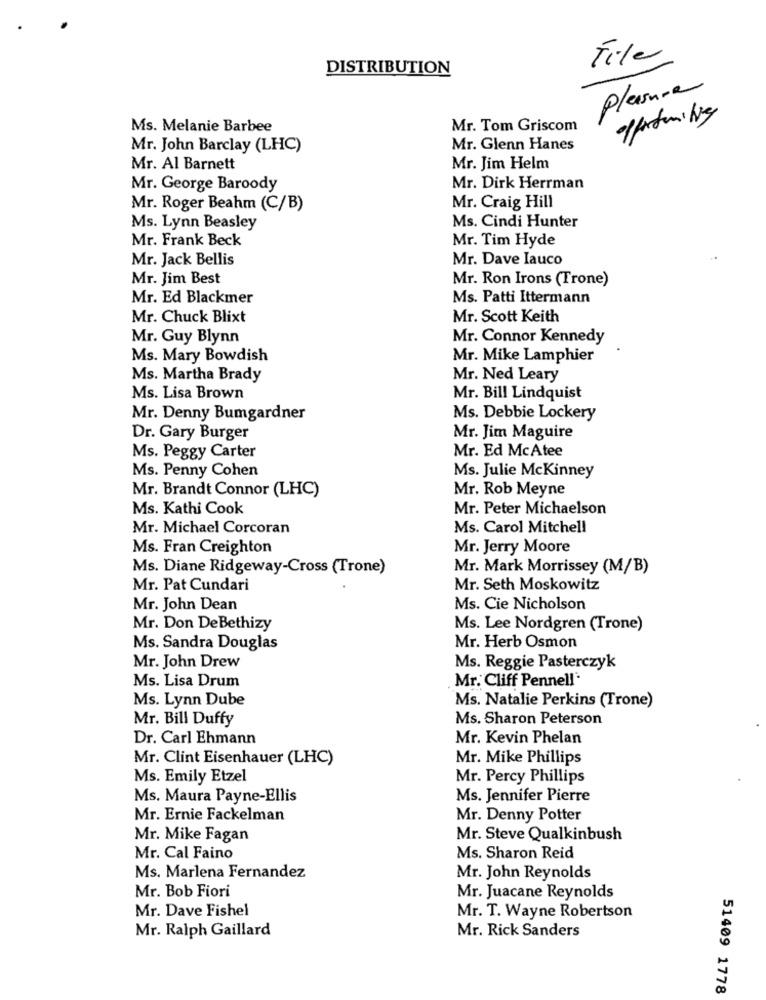
File
DISTRIBUTION
Pleasure
opportunities
Ms. Melanie Barbee
Mr. Tom Griscom
Mr. John Barclay (LHC)
Mr. Glenn Hanes
Mr. Al Barnett
Mr. Jim Helm
Mr. George Baroody
Mr. Dirk Herrman
Mr. Roger Beahm (C/B)
Mr. Craig Hill
Ms. Lynn Beasley
Ms. Cindi Hunter
Mr. Frank Beck
Mr. Tim Hyde
Mr. Jack Bellis
Mr. Dave Iauco
Mr. Jim Best
Mr. Ron Irons (Trone)
Mr. Ed Blackmer
Ms. Patti Ittermann
Mr. Chuck Blixt
Mr. Scott Keith
Mr. Guy Blynn
Mr. Connor Kennedy
Ms. Mary Bowdish
Mr. Mike Lamphier
Ms. Martha Brady
Mr. Ned Leary
Ms. Lisa Brown
Mr. Bill Lindquist
Mr. Denny Bumgardner
Ms. Debbie Lockery
Dr. Gary Burger
Mr. Jim Maguire
Mr. Ed McAtee
Ms. Peggy Carter
Ms. Penny Cohen
Ms. Julie Mckinney
Mr. Rob Meyne
Mr. Brandt Connor (LHC)
Ms. Kathi Cook
Mr. Peter Michaelson
Mr. Michael Corcoran
Ms. Carol Mitchell
Ms. Fran Creighton
Mr. Jerry Moore
Ms. Diane Ridgeway-Cross (Trone)
Mr. Mark Morrissey (M/B)
Mr. Pat Cundari
Mr. Seth Moskowitz
Mr. John Dean
Ms. Cie Nicholson
Mr. Don DeBethizy
Ms. Lee Nordgren (Trone)
Ms. Sandra Douglas
Mr. Herb Osmon
Mr. John Drew
Ms. Reggie Pasterczyk
Ms. Lisa Drum
Mr. Cliff Pennell'
Ms. Lynn Dube
Ms. Natalie Perkins (Trone)
Mr. Bill Duffy
Ms. Sharon Peterson
Dr. Carl Ehmann
Mr. Kevin Phelan
Mr. Clint Eisenhauer (LHC)
Mr. Mike Phillips
Ms. Emily Etzel
Mr. Percy Phillips
Ms. Maura Payne-Ellis
Ms. Jennifer Pierre
Mr. Ernie Fackelman
Mr. Denny Potter
Mr. Mike Fagan
Mr. Steve Qualkinbush
Mr. Cal Faino
Ms. Sharon Reid
Ms. Marlena Fernandez
Mr. John Reynolds
Mr. Bob Fiori
Mr. Juacane Reynolds
Mr. Dave Fishel
Mr. T. Wayne Robertson
Mr. Ralph Gaillard
Mr. Rick Sanders
51409 1778